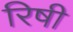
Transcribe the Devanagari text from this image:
रिषी